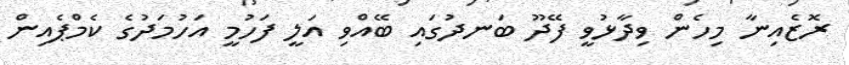
ރޮޒެއިނާ މިހެން ވިދާޅުވީ ފޭދޫ ބަނދުގައި ބޭއްވި އަލީ ފަހުމީ އަހުމަދުގެ ކެމްޕެއިން